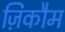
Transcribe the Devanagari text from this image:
ज़िकौम